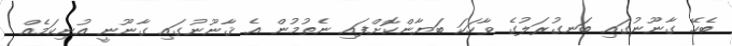
ބެހޭ ގާނޫނުގައި ބަނގުރަލުގެ ވާހަކަ ބަޔާންކޮށްފައި ނެތުމުން އެ ޤާނޫނުގައި ގާނޫނީ އުނިކަމެއް